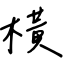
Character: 橫